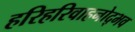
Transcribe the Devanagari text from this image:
हरिहरिवाहनोद्भव